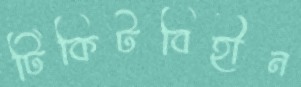
টিকিটবিহীন